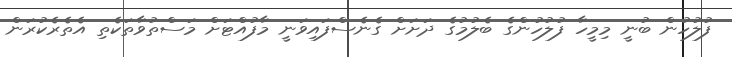
ފުލުހުން ބުނީ މިމީހާ ފުލުހުންގެ ބެލުމުގެ ދަށަށް ގެނެސްފައިވަނީ މާފުއްޓަށް މަސްތުވާތަކެތި އެތެރެކުރަން